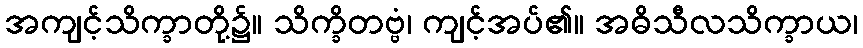
အကျင့်သိက္ခာတို့၌။ သိက္ခိတဗ္ဗံ၊ ကျင့်အပ်၏။ အဓိသီလသိက္ခာယ၊